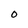
Character: O